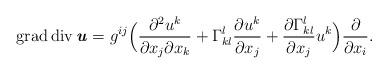
LaTeX: \begin{align*} \operatorname{grad}\operatorname{div} \textbf{\textit{u}} = g^{ij} \Bigl( \frac{\partial^2 u^k}{\partial x_j \partial x_k} + \Gamma^l_{kl}\frac{\partial u^k}{\partial x_j} + \frac{\partial \Gamma^l_{kl}}{\partial x_j} u^k \Bigr) \frac{\partial}{\partial x_i}.\end{align*}